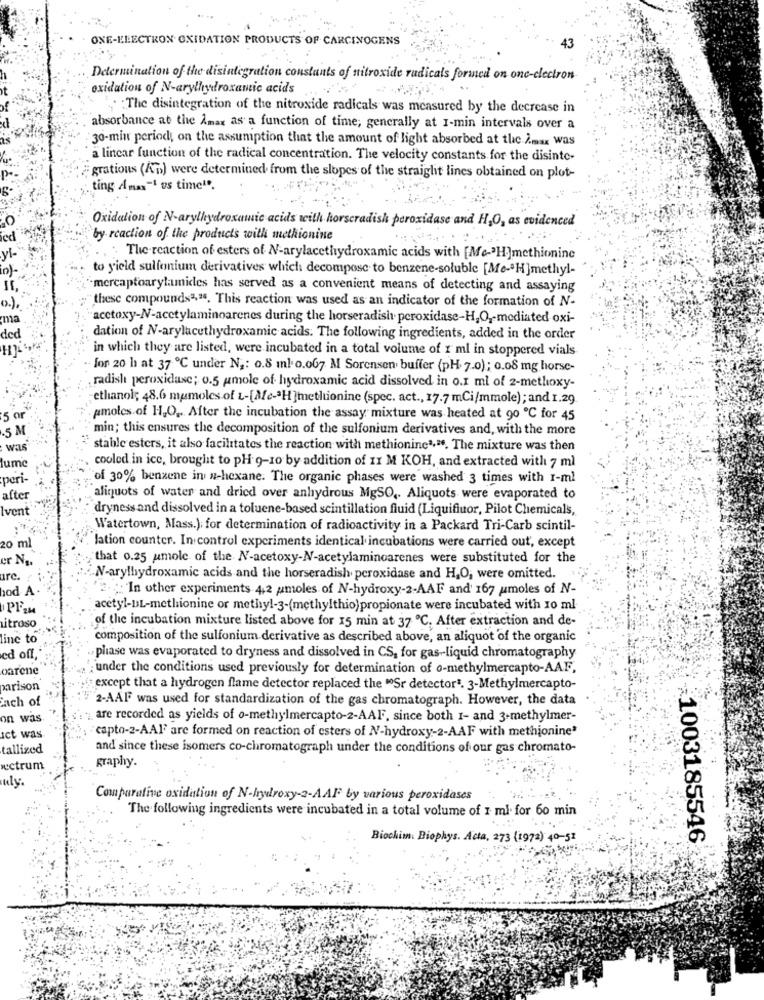
ONE-ELECTRON OXIDATION PRODUCTS OF CARCINOGENS
Determination of the disintegration constants of nitroxide radicals formed on one-electron
oxidation of N-arylhydroxantic acids
The disintegration of the nitroxide radicals was measured by the decrease in
absorbance at the Amar as a function of time; generally at 1-min intervals over a
30-min period, on the assumption that the amount of light absorbed at the Zmax was
a linear function of the radical concentration. The velocity constants for the disinte-
gratious (Ap) were determined from the slopes of the straight lines obtained on plot-
ting Ana"1 us time"".
Oxidation of N-arylhydroxamic acids with horseradish peroxidase and H,O, as evidenced
ed
by reaction of the products with methionine
: The reaction of esters of N-arylacethydroxamic acids with [Mc-"H]methionine
in)-
to yield sulfonium derivatives which decompose to benzene-soluble [Me-ªH]methyl-
I1,
mercaptoarylamides has served as a convenient means of detecting and assaying
"these compounds",18. This reaction was used as an indicator of the formation of NV-
ma
acctoxy-N-acetylaminoarenes during the horseradish. peroxidase-H,O ,- mediated oxi-
ded
dation of N-arylacethydroxamic acids. The following ingredients, added in the order
in which they are listed, were incubated in a total volume of 1 ml in stoppered vials
for 20 h at 37 ℃ under N ,: 0.8 ml o.007. M Sorensen buffer (pH. 7.0); 0.08 mg horse-
radish peroxidase; 0.5 amole of hydroxamic acid dissolved in o.r ml of 2-methoxy-
ethanol; 48.6 mumoles of L-[Me-ªH]methionine (spec. act ., 17.7 mCi/mmole) ; and 1.29
'5 or
pmoles of H,O ,. After the incubation the assay mixture was heated at 90 ℃ for 45
.5 M
min; this ensures the decomposition of the sulfonium derivatives and, with the more
Was
stable esters, it also facilitates the reaction with methionine",". The mixture was then
lumc
cooled in ice, brought to pH 9-10 by addition of 11 M KOH, and extracted with 7 ml
peri-
of 30% benzene in w-hexane. The organic phases were washed 3 times with I-ml
after
aliquots of water and dried over anhydrous MgSO ,. Aliquots were evaporated to
Ivent
dryness and dissolved in a toluene-based scintillation fluid (Liquifluor, Pilot Chemicals,
Watertown, Mass.); for determination of radioactivity in a Packard Tri-Carb scintil-
20 ml
lation counter. In control experiments identical incubations were carried out, except
er No.
that 0.25 umole of the NV-acetoxy-N-acetylaminoarenes were substituted for the
ure.
N-arylhydroxamic acids and the horseradish peroxidase and H,O, were omitted.
hod A
2. ;: In other experiments 4,2 amoles of N-hydroxy-2-AAF and' 167 umoles of N-
acetyl-DL-methionine or methyl-3-(methylthio)propionate were incubated with 10 ml
of the incubation mixture listed above for 15 min at 37 ℃. After extraction and de-
Litroso
line to
composition of the sulfonium derivative as described above, an aliquot of the organic
ed off,
phase was evaporated to dryness and dissolved in CS, for gas-liquid chromatography
oarene
under the conditions used previously for determination of o-methylmercapto-AAF,
parison
except that a hydrogen flame detector replaced the "Sr detector". 3-Methylmercapto-
Each of
2-AAFF was used for standardization of the gas chromatograph. However, the data
on was
are recorded as yields of o-methylmercapto-2-AAFF, since both 1- and 3-methylmer-
capto-2-AAF are formed on reaction of esters of N-hydroxy-2-AAF with methionine"
ict was
tallized
and since these isomers co-chromatograph under the conditions of our gas chromato-
xctrum
graphy.
uly.
Comparative oxidation of N-hydroxy-2-AAF by various peroxidases
The following ingredients were incubated in a total volume of 1 ml. for 60 min
Biochim: Biophys. Acta, 273 (1972) 40-51
1003185546